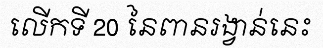
លើកទី 20 នៃពានរង្វាន់នេះ